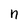
Character: n